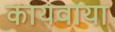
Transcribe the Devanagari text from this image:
कायवाया